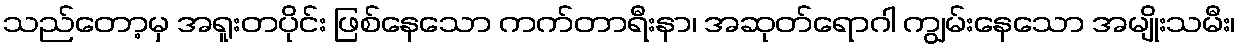
သည်တော့မှ အရူးတပိုင်း ဖြစ်နေသော ကက်တာရီးနာ၊ အဆုတ်ရောဂါ ကျွမ်းနေသော အမျိုးသမီး၊